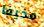
مخيفا